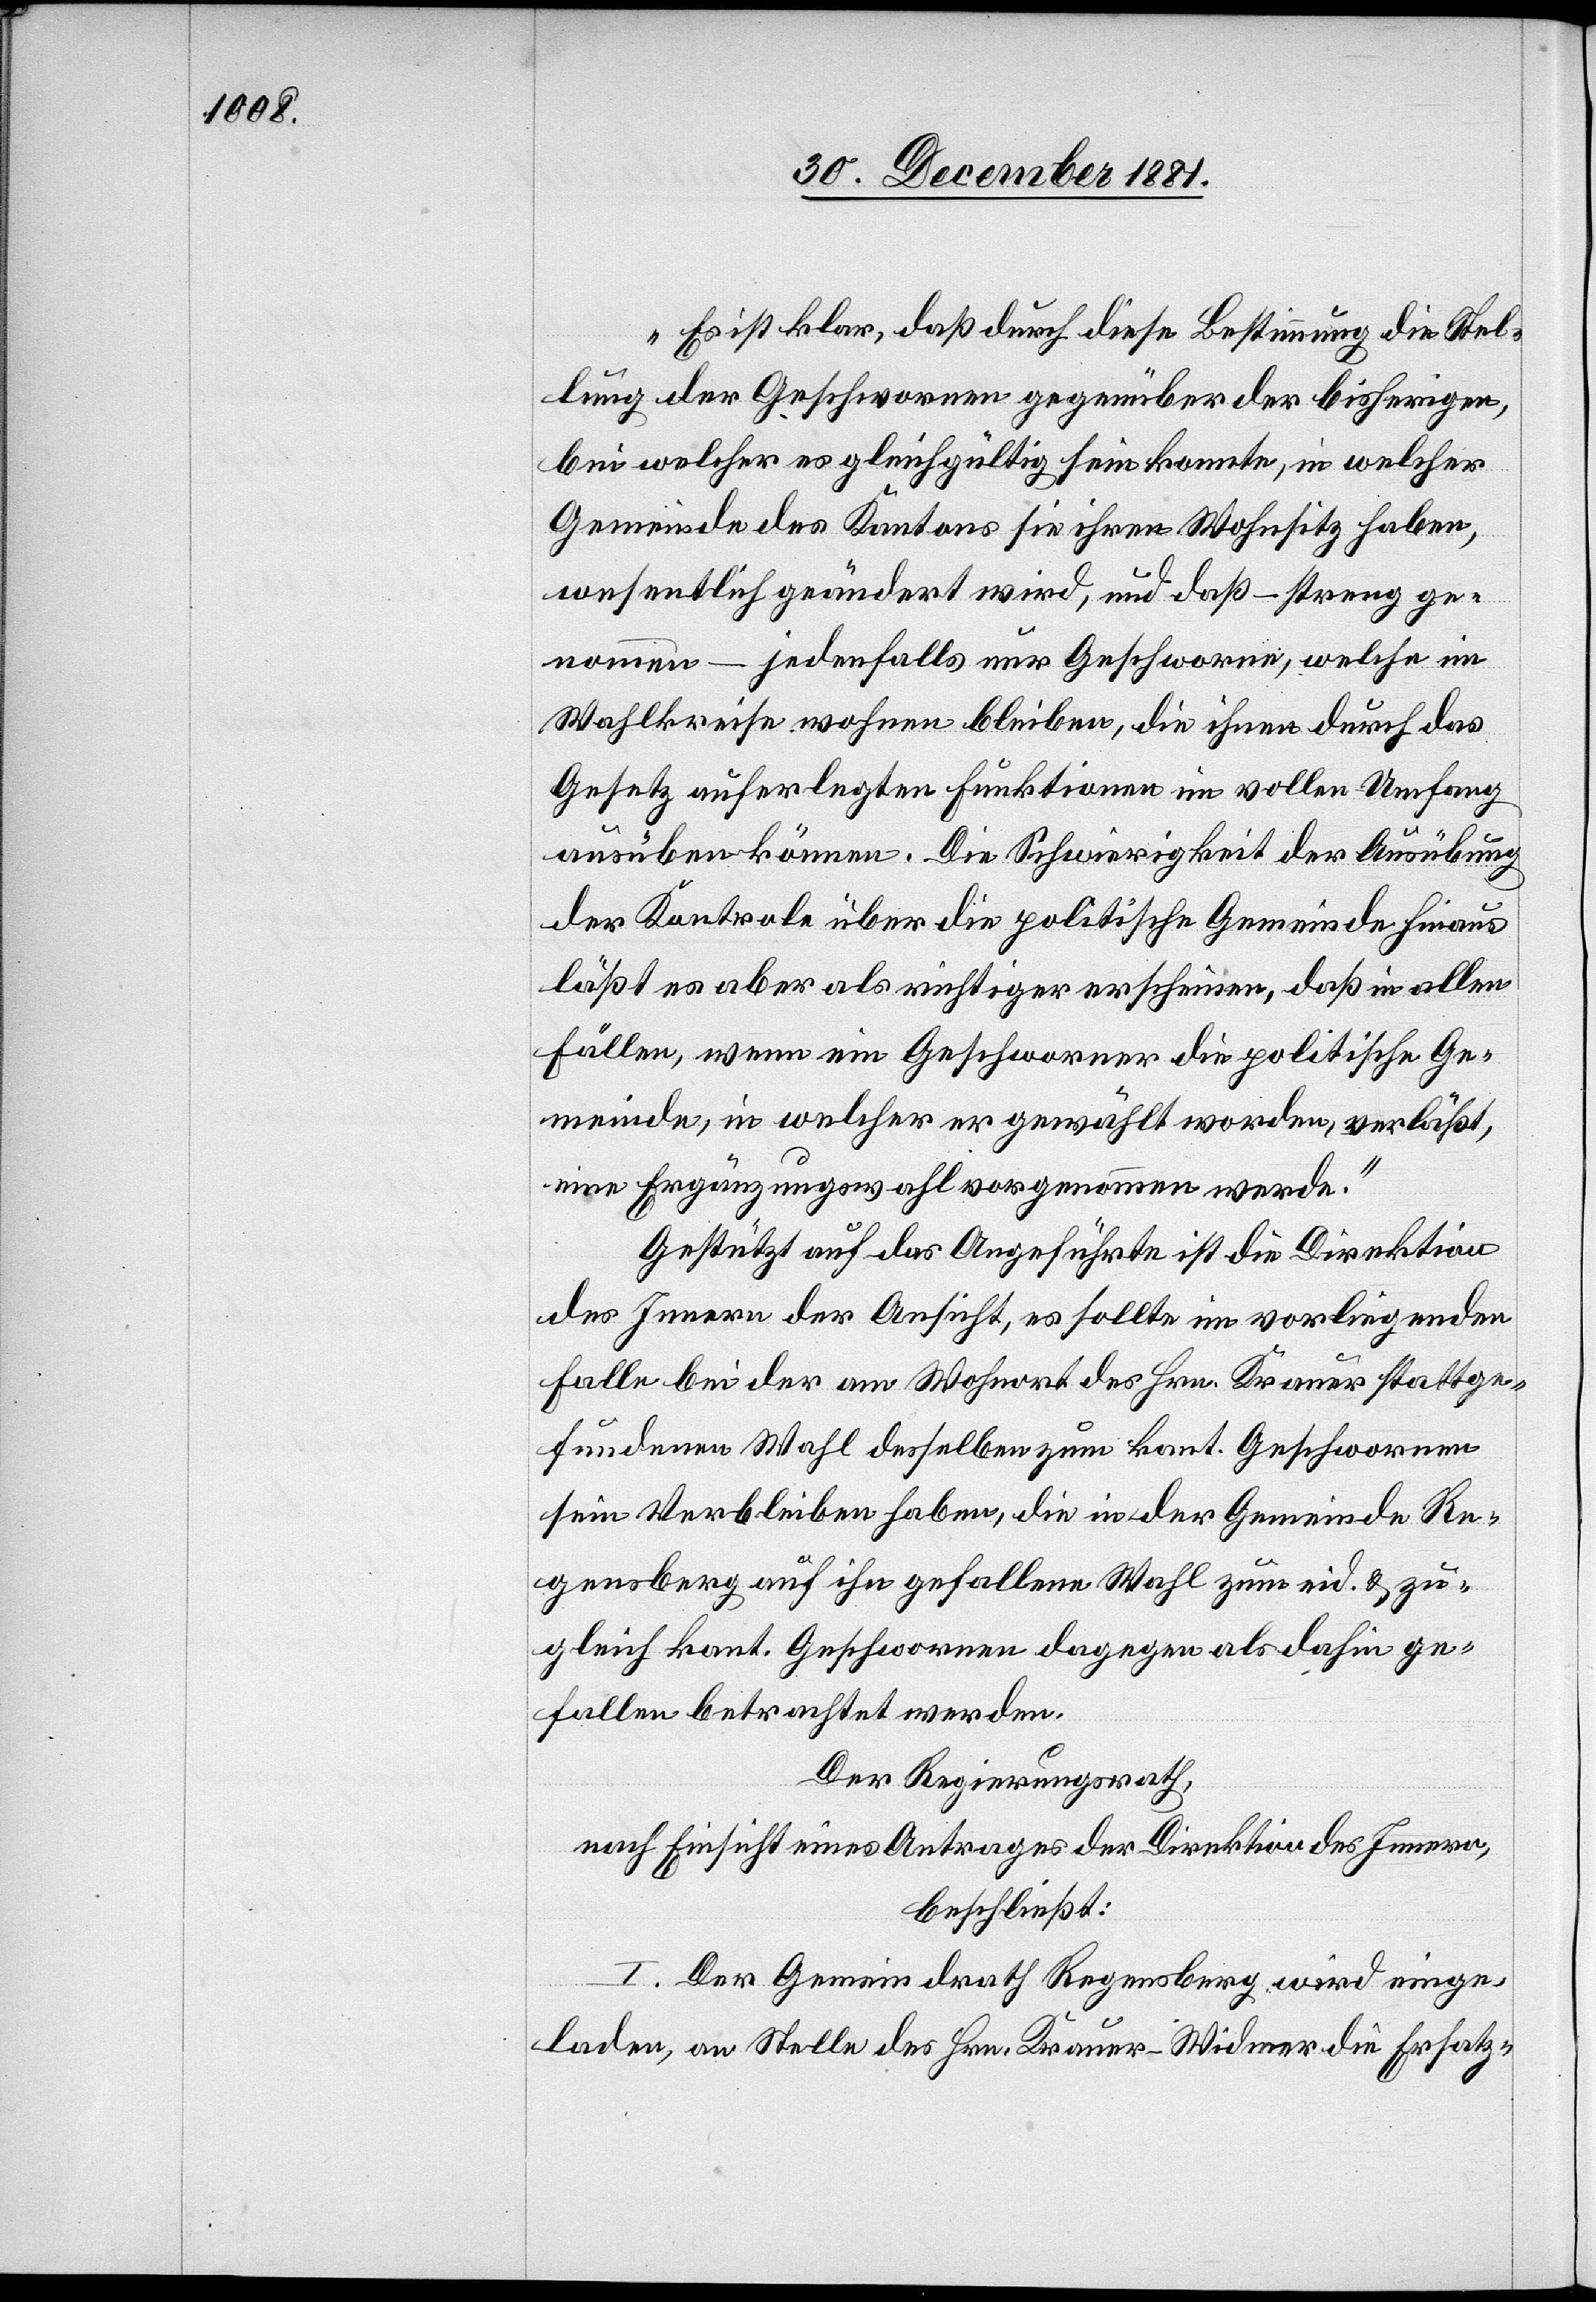
„Es ist klar, daß durch diese Bestimmung die Stel¬
lung der Geschwornen gegenüber der bisherigen,
bei welcher es gleichgültig sein konnte, in welcher
Gemeinde des Kantons sie ihren Wohnsitz haben,
wesentlich geändert wird, und daß – streng ge¬
nommen – jedenfalls nur Geschworne, welche im
Wahlkreise wohnen bleiben, die ihnen durch das
Gesetz auferlegten Funktionen im vollen Umfang
ausüben können. Die Schwierigkeit der Ausübung
der Kontrole über die politische Gemeinde hinaus
läßt es aber als richtiger erscheinen, daß in allen
Fällen, wenn ein Geschworner die politische Ge¬
meinde, in welcher er gewählt worden, verläßt,
eine Ergänzungswahl vorgenommen werde.“
Gestützt auf das Angeführte ist die Direktion
des Innern der Ansicht, es sollte im vorliegenden
Falle bei der am Wohnort des Hrn. Krauer stattge¬
fundenen Wahl desselben zum kant. Geschwornen
sein Verbleiben haben, die in der Gemeinde Re¬
gensberg auf ihn gefallene Wahl zum eid. & zu¬
gleich kant. Geschwornen dagegen als dahin ge¬
fallen betrachtet werden.
Der Regierungsrath,
nach Einsicht eines Antrages der Direktion des Innern,
beschließ:
I. Der Gemeindrath Regensberg wird einge¬
laden, an Stelle des Hrn. Krauer-Widmer die Ersatz-